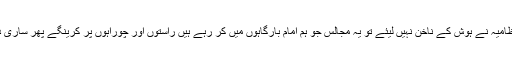
انہوں نے انتظامیہ کو دھمکی دیتے ہوئے کہا کہ اگر انتظامیہ نے ہوش کے ناخن نہیں لیئے تو یہ مجالس جو ہم امام بارگاہوں میں کر رہے ہیں راستوں اور چوراہوں پر کرینگے پھر ساری ذمہ داری حکومت سندھ اور ضلع حکومت پر عائد ہوگی۔